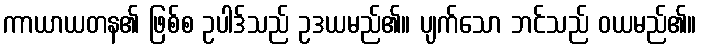
ကာယာယတန၏ ဖြစ်စ ဥပါဒ်သည် ဥဒယမည်၏။ ပျက်သော ဘင်သည် ဝယမည်၏။